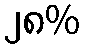
၂၈%